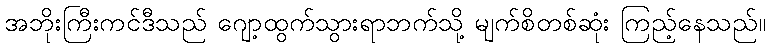
အဘိုးကြီးကင်ဒီသည် ဂျော့ထွက်သွားရာဘက်သို့ မျက်စိတစ်ဆုံး ကြည့်နေသည်။